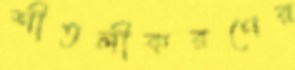
শীতলীকরণের